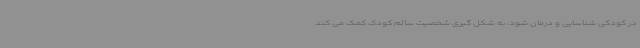
در کودکی شناسایی و درمان شود، به شکل گیری شخصیت سالم کودک کمک می کند